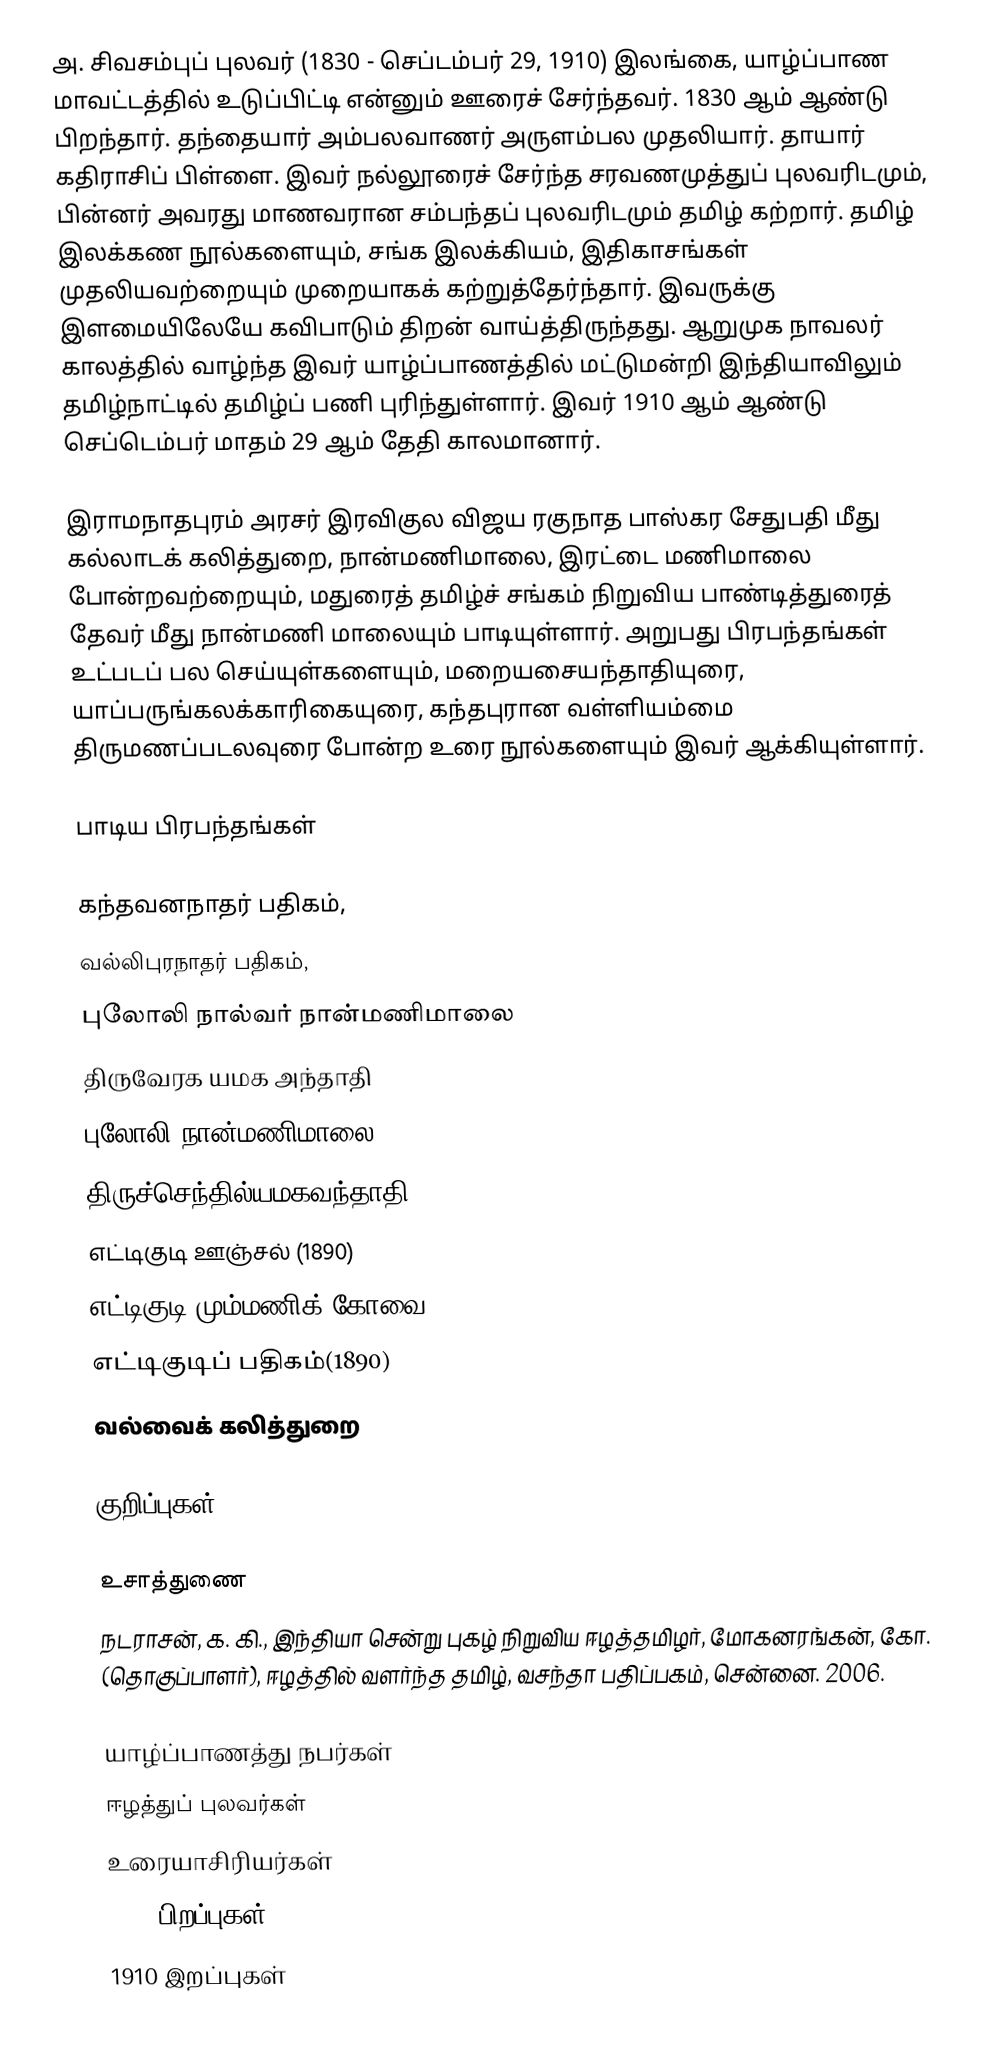
அ. சிவசம்புப் புலவர் (1830 - செப்டம்பர் 29, 1910) இலங்கை, யாழ்ப்பாண மாவட்டத்தில் உடுப்பிட்டி என்னும் ஊரைச் சேர்ந்தவர். 1830 ஆம் ஆண்டு பிறந்தார். தந்தையார் அம்பலவாணர் அருளம்பல முதலியார். தாயார் கதிராசிப் பிள்ளை. இவர் நல்லூரைச் சேர்ந்த சரவணமுத்துப் புலவரிடமும், பின்னர் அவரது மாணவரான சம்பந்தப் புலவரிடமும் தமிழ் கற்றார். தமிழ் இலக்கண நூல்களையும், சங்க இலக்கியம், இதிகாசங்கள் முதலியவற்றையும் முறையாகக் கற்றுத்தேர்ந்தார். இவருக்கு இளமையிலேயே கவிபாடும் திறன் வாய்த்திருந்தது. ஆறுமுக நாவலர் காலத்தில் வாழ்ந்த இவர் யாழ்ப்பாணத்தில் மட்டுமன்றி இந்தியாவிலும் தமிழ்நாட்டில் தமிழ்ப் பணி புரிந்துள்ளார். இவர் 1910 ஆம் ஆண்டு செப்டெம்பர் மாதம் 29 ஆம் தேதி காலமானார்.

இராமநாதபுரம் அரசர் இரவிகுல விஜய ரகுநாத பாஸ்கர சேதுபதி மீது கல்லாடக் கலித்துறை, நான்மணிமாலை, இரட்டை மணிமாலை போன்றவற்றையும், மதுரைத் தமிழ்ச் சங்கம் நிறுவிய பாண்டித்துரைத் தேவர் மீது நான்மணி மாலையும் பாடியுள்ளார். அறுபது பிரபந்தங்கள் உட்படப் பல செய்யுள்களையும், மறையசையந்தாதியுரை, யாப்பருங்கலக்காரிகையுரை, கந்தபுரான வள்ளியம்மை திருமணப்படலவுரை போன்ற உரை நூல்களையும் இவர் ஆக்கியுள்ளார்.

பாடிய பிரபந்தங்கள்

 கந்தவனநாதர் பதிகம்,
 வல்லிபுரநாதர் பதிகம்,
 புலோலி நால்வர் நான்மணிமாலை
 திருவேரக யமக அந்தாதி
 புலோலி நான்மணிமாலை
 திருச்செந்தில்யமகவந்தாதி,
 எட்டிகுடி ஊஞ்சல் (1890)
 எட்டிகுடி மும்மணிக் கோவை (1890)
 எட்டிகுடிப் பதிகம்(1890)
 வல்வைக் கலித்துறை

குறிப்புகள்

உசாத்துணை
 நடராசன், க. கி., இந்தியா சென்று புகழ் நிறுவிய ஈழத்தமிழர், மோகனரங்கன், கோ. (தொகுப்பாளர்), ஈழத்தில் வளர்ந்த தமிழ், வசந்தா பதிப்பகம், சென்னை. 2006.

யாழ்ப்பாணத்து நபர்கள்
ஈழத்துப் புலவர்கள்
உரையாசிரியர்கள்
1830 பிறப்புகள்
1910 இறப்புகள்